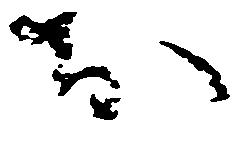
お